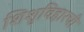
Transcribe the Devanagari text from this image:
शिशुविहारची